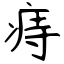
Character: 痔